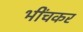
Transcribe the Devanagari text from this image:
भींचकर